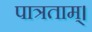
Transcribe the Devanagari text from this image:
पात्रताम्।